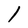
Character: l